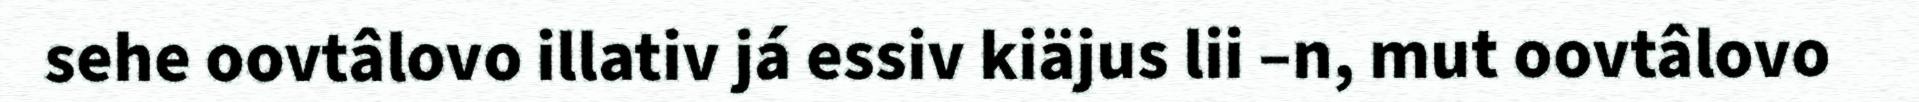
sehe oovtâlovo illativ já essiv kiäjus lii –n, mut oovtâlovo